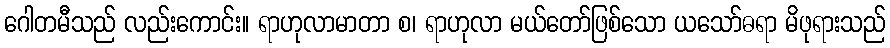
ဂေါတမီသည် လည်းကောင်း။ ရာဟုလာမာတာ စ၊ ရာဟုလာ မယ်တော်ဖြစ်သော ယသော်ဓရာ မိဖုရားသည်